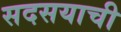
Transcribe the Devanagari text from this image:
सदसयाची